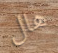
هال